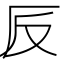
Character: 𠨹